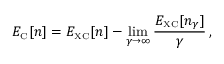
E _ { \scriptscriptstyle \mathrm { C } } [ n ] = E _ { \scriptscriptstyle \mathrm { X C } } [ n ] - \operatorname* { l i m } _ { \gamma \to \infty } \frac { E _ { \scriptscriptstyle \mathrm { X C } } [ n _ { \gamma } ] } { \gamma } \, ,